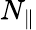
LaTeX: N_{\parallel}